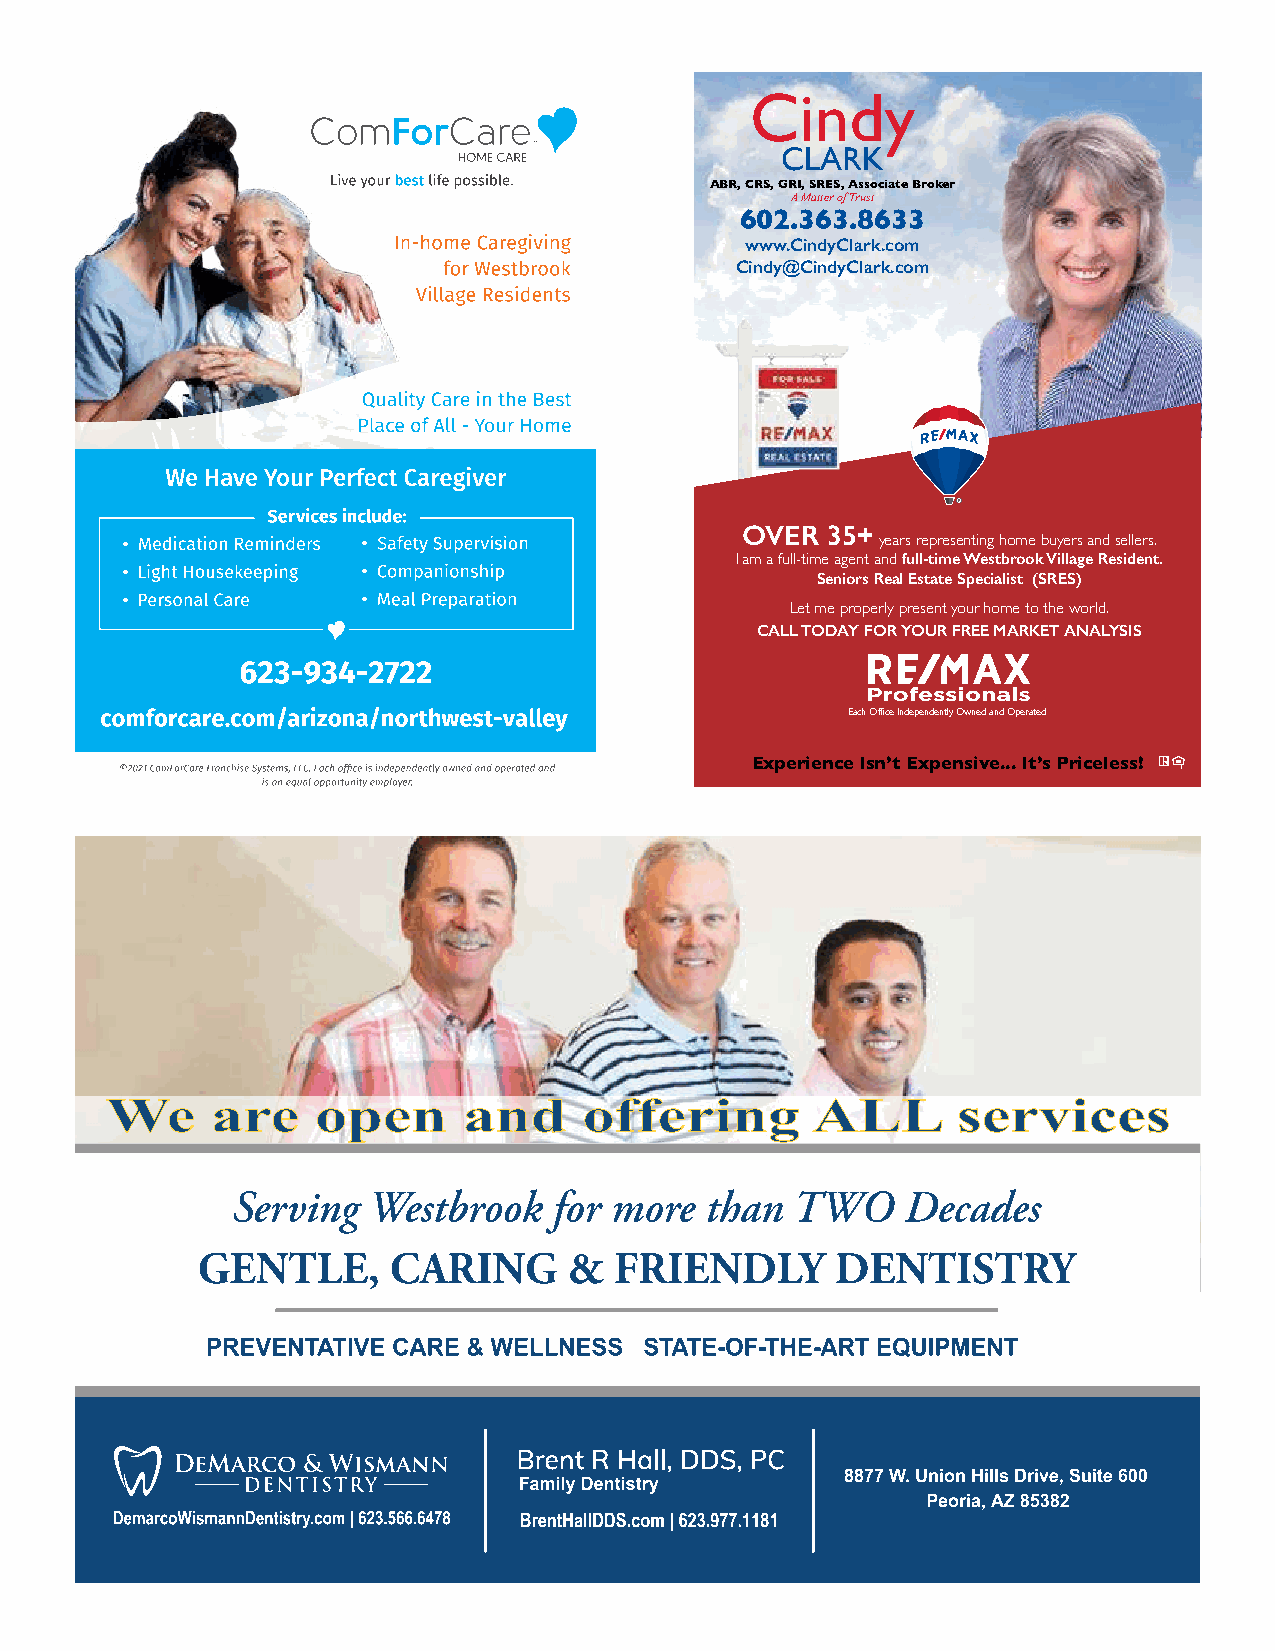
Cindy
 CLARK
 ABR, CRS, GRI, SRES, Associate Broker
 A Matter of Trust
 602.363.8633
 www.CindyClark.com
 Cindy@CindyClark.com
 OVER  35+
 •               •                                 years representing home buyers and sellers.
 I am a full-time agent and full-time Westbrook Village Resident.
 •               •                             Seniors Real Estate Specialist (SRES)
 •               •                           Let me properly present your home to the world.
 CALL TODAY FOR YOUR FREE MARKET ANALYSIS
 Each Office Independently Owned and Operated
 Experience Isn’t Expensive... It’s Priceless!
 WWee   aarree ooppeenn  aanndd  ooffffeerriinngg AALLLL sseerrvviicceess